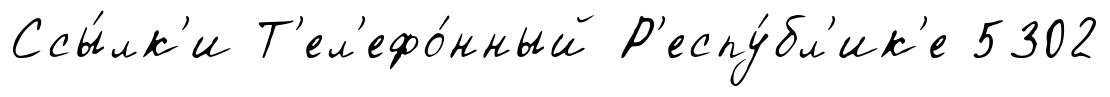
Ссы́лк'и Т'ел'ефо́нный Р'еспу́бл'ик'е 5302